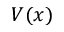
V ( x )